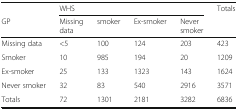
<table><thead><tr><td></td><td colspan="4"><b>WHS</b></td><td rowspan="2"><b>Totals</b></td></tr><tr><td><b>GP</b></td><td><b>Missing data</b></td><td><b>smoker</b></td><td><b>Ex-smoker</b></td><td><b>Never smoker</b></td></tr></thead><tbody><tr><td>Missing data</td><td>&lt;5</td><td>100</td><td>124</td><td>203</td><td>423</td></tr><tr><td>Smoker</td><td>10</td><td>985</td><td>194</td><td>20</td><td>1209</td></tr><tr><td>Ex-smoker</td><td>25</td><td>133</td><td>1323</td><td>143</td><td>1624</td></tr><tr><td>Never smoker</td><td>32</td><td>83</td><td>540</td><td>2916</td><td>3571</td></tr><tr><td>Totals</td><td>72</td><td>1301</td><td>2181</td><td>3282</td><td>6836</td></tr></tbody></table>